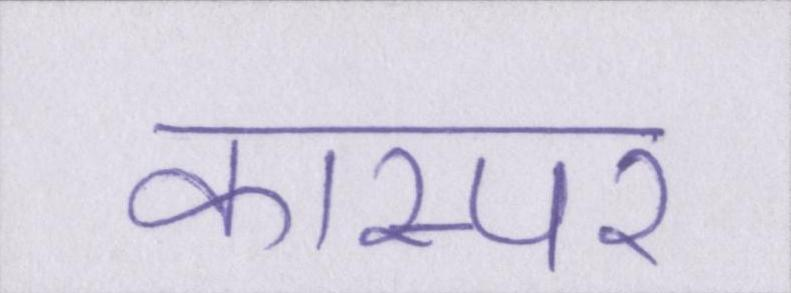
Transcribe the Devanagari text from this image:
कास्पर